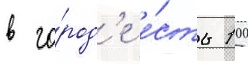
в го́род'е е́сть 10